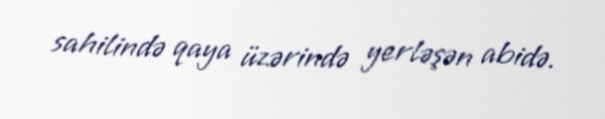
sahilində qaya üzərində yerləşən abidə.